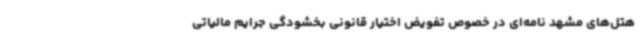
هتل‌های مشهد نامه‌ای در خصوص تفویض اختیار قانونی بخشودگی جرایم مالیاتی